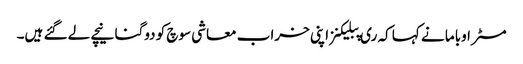
مسٹر اوباما نے کہا کہ ری پبلیکنز اپنی خراب معاشی سوچ کو دوگنا نیچے لے گئے ہیں۔